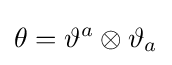
\theta =\vartheta ^{a}\otimes \vartheta _{a}